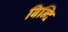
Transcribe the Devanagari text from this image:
बिन्दि